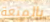
بالمتعة